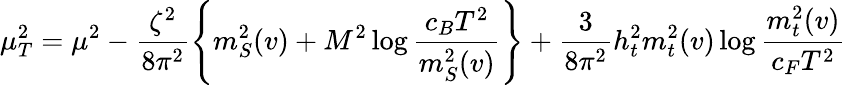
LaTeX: \mu_{T}^{2}=\mu^{2}-\frac{\zeta^{2}}{8\pi^{2}}\left\{ m_{S}^{2}(v)+M^{2}\log\frac{c_{B}T^{2}}{m_{S}^{2}(v)}\right\} +\frac{3}{8\pi^{2}}h_{t}^{2}m_{t}^{2}(v)\log\frac{m_{t}^{2}(v)}{c_{F}T^{2}}